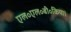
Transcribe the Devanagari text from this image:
एल॰एल॰बी॰किया।